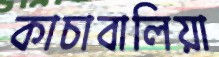
কাচাবালিয়া